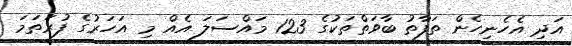
އަދި އެހެނިހެން ތަފާތު ބާވަތްތަކުގެ 123 މައްސަލަ އެއް މި އަހަރުގެ ފުރަތަމަ